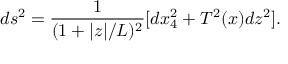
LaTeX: d s ^ { 2 } = \frac { 1 } { ( 1 + | z | / L ) ^ { 2 } } [ d x _ { 4 } ^ { 2 } + T ^ { 2 } ( x ) d z ^ { 2 } ] .